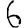
Digit: 6